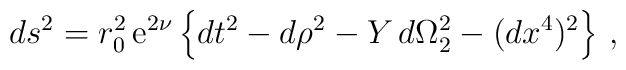
ds^{2}=r_{0}^{2}\,{\rm e}^{2\nu }\left\{ dt^{2}-d\rho ^{2}-Y\,d\Omega_{2}^{2}-(dx^{4})^{2}\right\} \,,